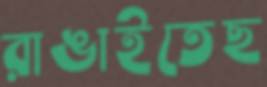
রাঙাইতেছ